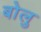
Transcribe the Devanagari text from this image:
बोलु